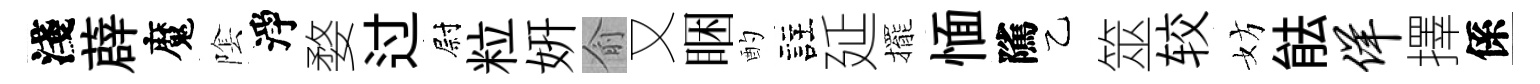
淺薜魔隂淨婺过尉粒妍俞又睏酌註延擺愐隲乙筮较妨䏻佯擇係